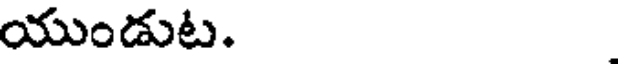
యుండుట.